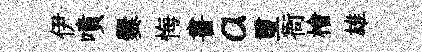
伊噴爨悔書a璽衙檜雄